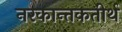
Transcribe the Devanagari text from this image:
नरकान्तकतीर्थ